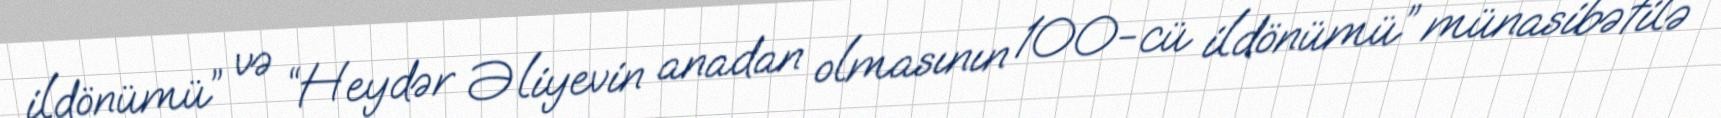
ildönümü” və “Heydər Əliyevin anadan olmasının 100-cü ildönümü” münasibətilə